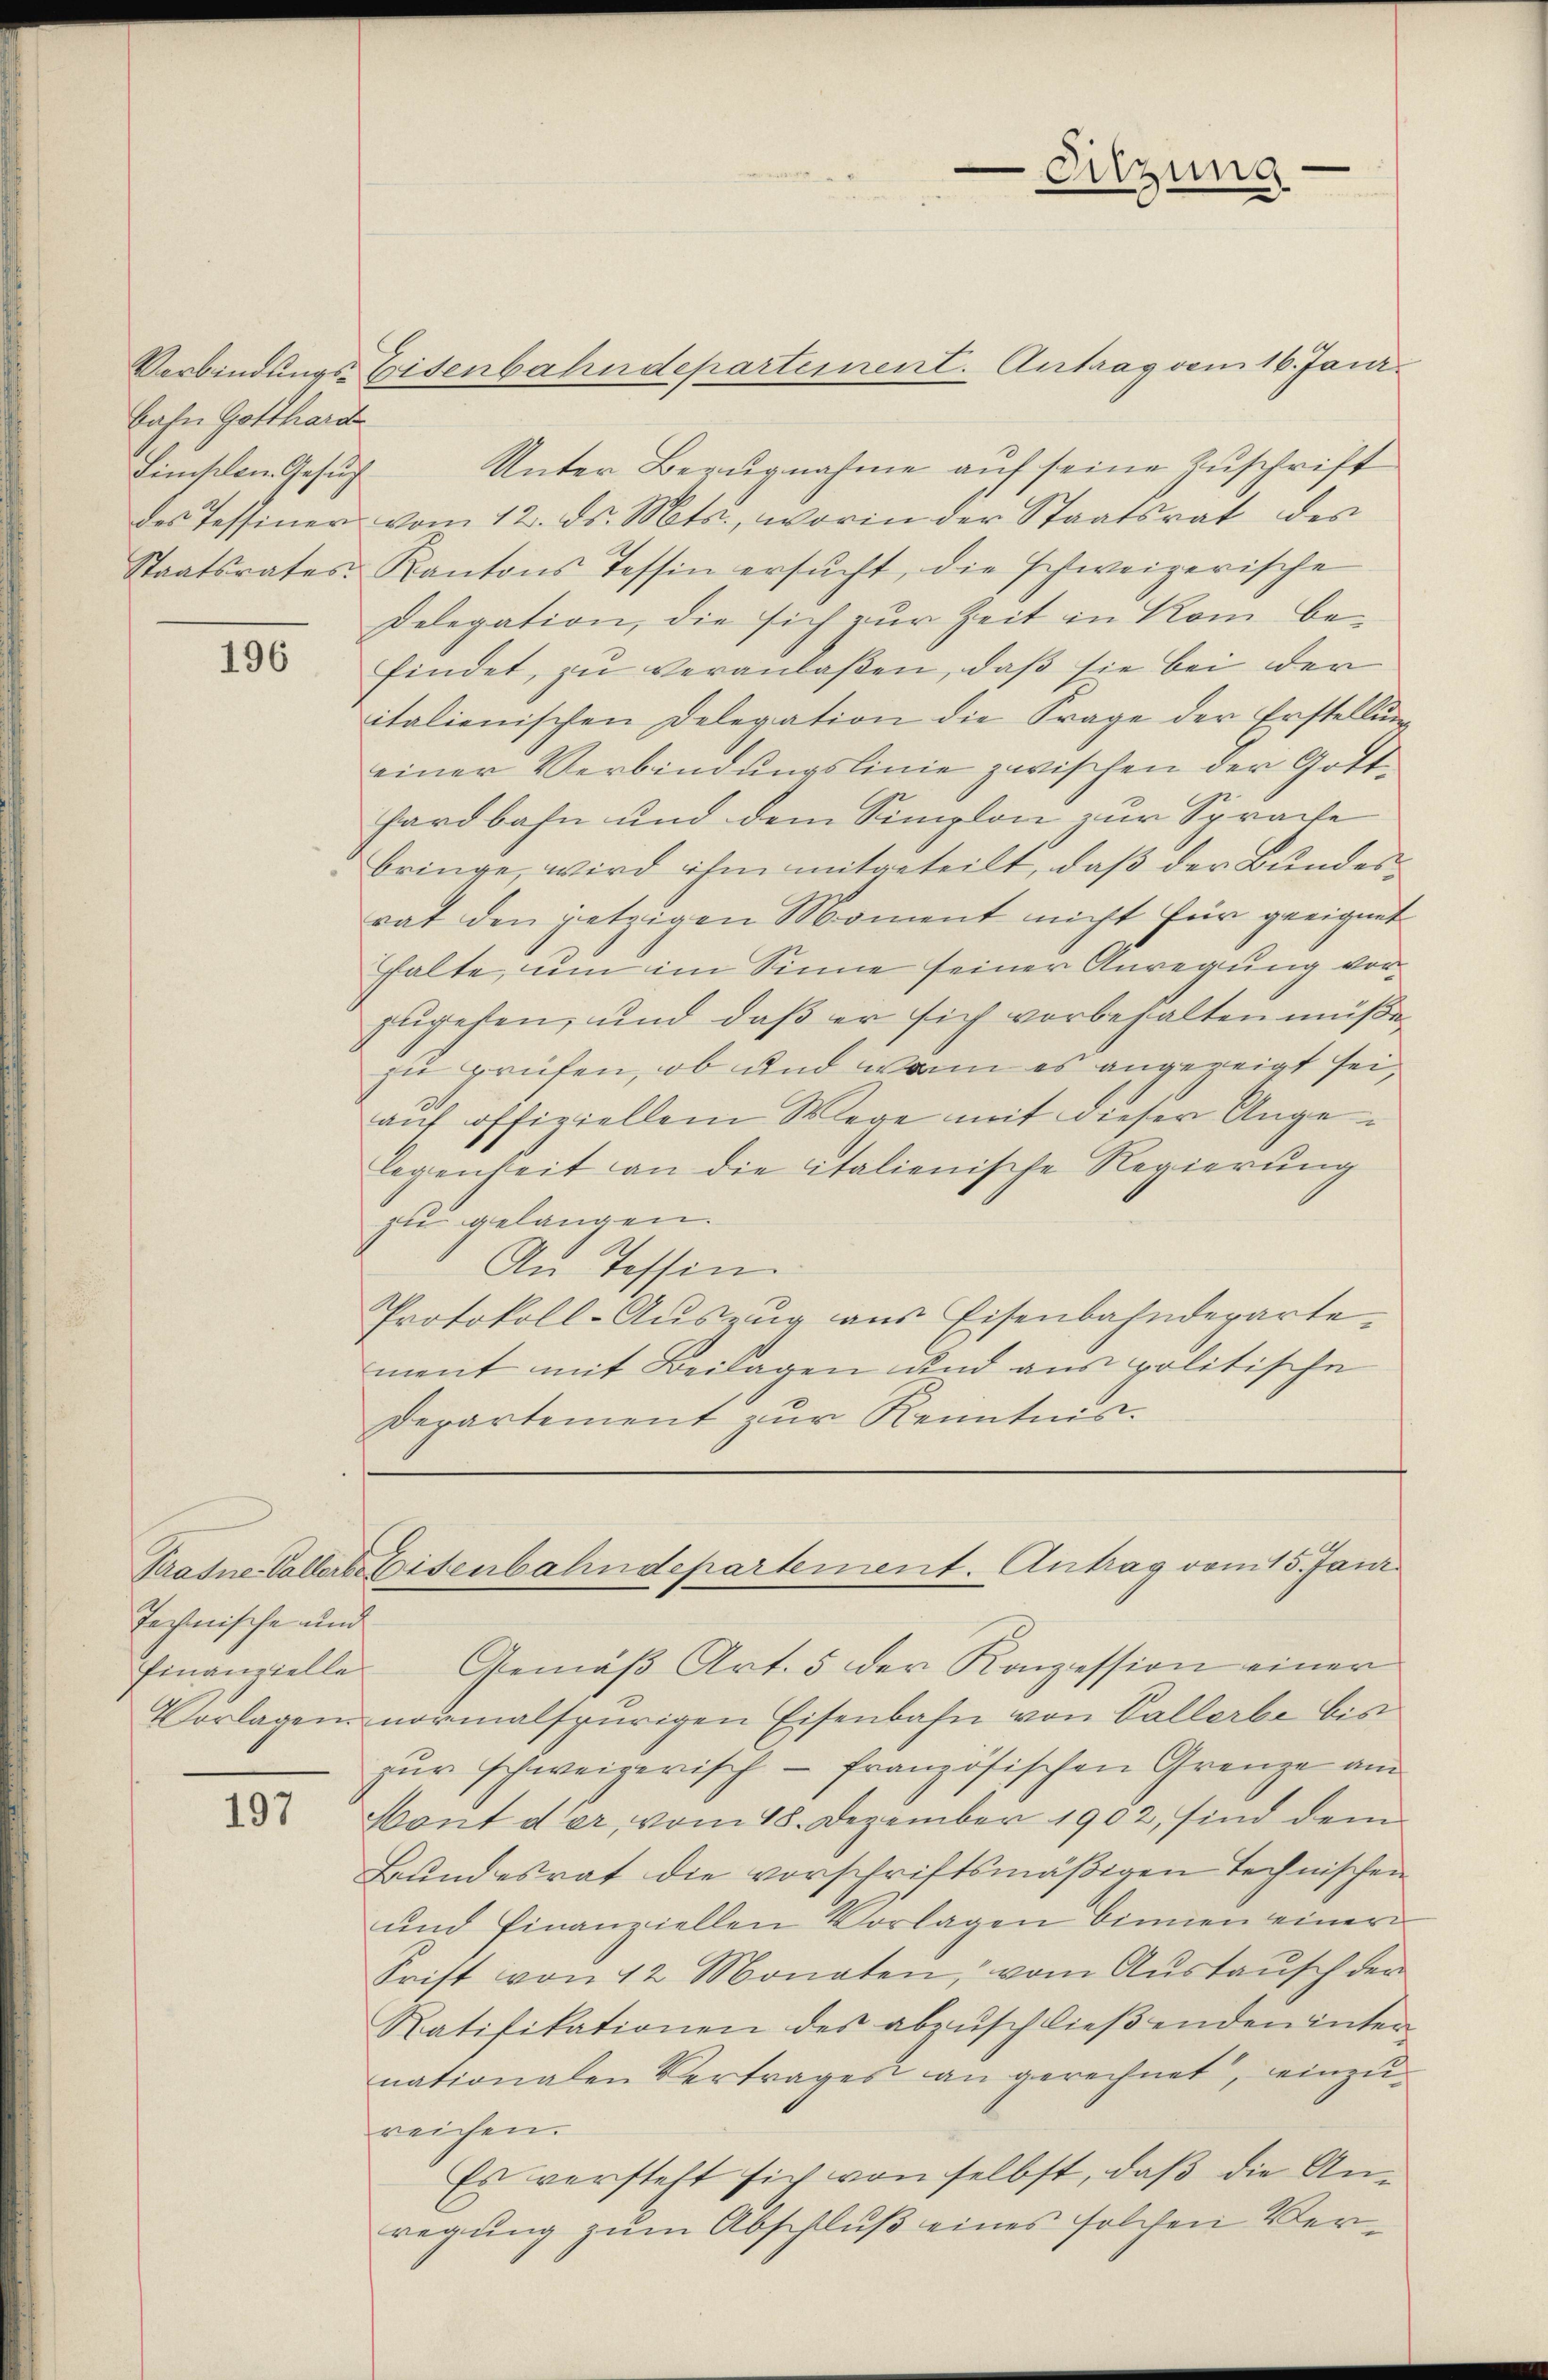
bahn Gotthard
Limischen Gesuch

196

Verbindungs-Eisenbahndeparteinent. Antrag vom 16. Janr.
Unter Bezugnahme auf seine Zuschrift
des Tessiner vom 12. ds. Mts., worin der Staatsrat des
Staatsrates Kantons Tessin ersŭcht, die schweizerische
Delegation, die sich zur Zeit in Rom be-
findet, zu veranlaßen, daß sie bei der
italienischen Delegation die Frage der Erstellŭng
einer Verbindungslinie zwischen der Gott-
hardbahn und dem Simplon zur Sprache
bringe, wird ihm mitgeteilt, daß der Bundesrat den jetzigen Moment nicht für geeignet
halte, um im Sinne seiner Anregung vorzugehen, und daß er sich vorbehalten müße,
zu prüfen, ob und wann es angezeigt sei,
auf offiziellem Wege mit dieser Angelegenheit an die italienische Regierung
zu gelangen.
An Tessin.
Protokoll-Auszug aus Eisenbahndeparte
ment mit Beilagen und aus politische
Departement zur Kenntnis.

Technische und
Finanzielle

197

Gemäß Art. 5 der Konzession einer
Vorlagen normalspurigen Eisenbahn von Vallerbe bis
zur schweizerisch - französischen Grenze am
Hont der, vom 18. Dezember 1902, sind dem
Bundesrat die vorschriftsmäßigen Technischen
und finanziellen Vorlagen binnen einer
Frist von 12 Monaten, vom Austausch der
Ratifikationen des abzŭschlieβenden inter-
nationalen Vertrages an gerechnet, einzureichen.
Es versteht sich von selbst, daß die Anregung zum Abschluß eines solchen Ver¬

Sitzung

Krahne Vollerte Eisenbahndepartement. Antrag vom 15. Jani